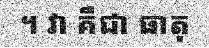
។ វា គឺជា ធាតុ